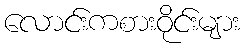
လောင်းကစားဝိုင်းများ